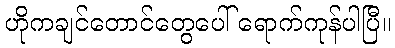
ဟိုကချင်တောင်တွေပေါ် ရောက်ကုန်ပါပြီ။